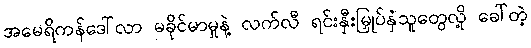
အမေရိကန်ဒေါ်လာ မခိုင်မာမှုနဲ့ လက်လီ ရင်းနှီးမြှုပ်နှံသူတွေလို့ ခေါ်တဲ့